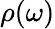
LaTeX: \rho(\omega)